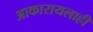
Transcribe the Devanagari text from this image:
आकारायलाही